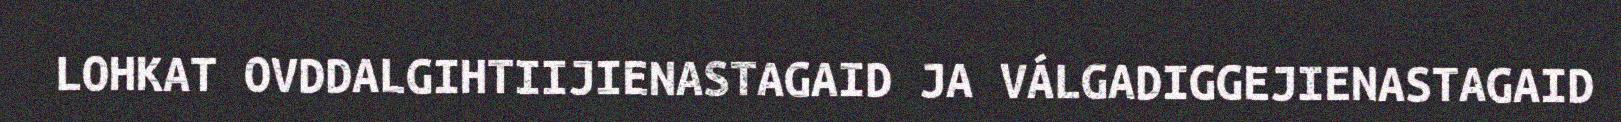
LOHKAT OVDDALGIHTIIJIENASTAGAID JA VÁLGADIGGEJIENASTAGAID